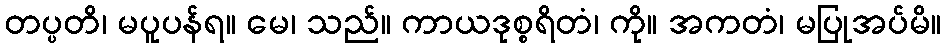
တပ္ပတိ၊ မပူပန်ရ။ မေ၊ သည်။ ကာယဒုစ္စရိတံ၊ ကို။ အကတံ၊ မပြုအပ်မိ။